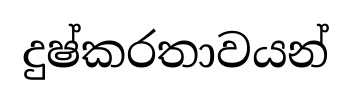
දුෂ්කරතාවයන්